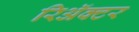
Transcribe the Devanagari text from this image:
रिअॅक्टर